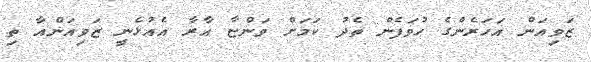
ޒަވިއަން އަހަރެންގެ ހުވަފެން ތެދު ކަމަށް ވަންޏާ އާރާ އެއުޅެނީ ޒަވިއަންއާ ތި